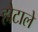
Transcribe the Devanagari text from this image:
होटाले